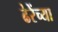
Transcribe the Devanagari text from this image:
ढेरेंच्या